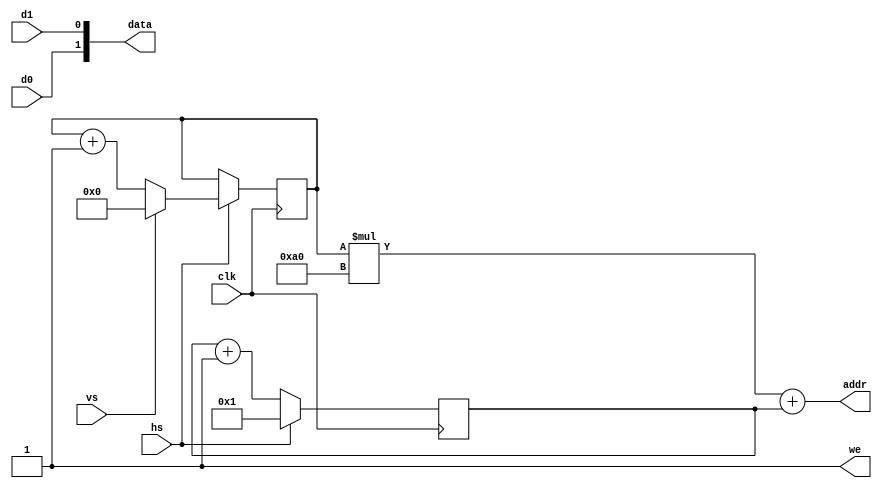
module GBreader(
    input  clk, //4MHz
    
    input hs, vs, d0, d1,
	 
	 output [14:0] addr,
	 output [1:0] data,
	 output we
);

/*
NOTES:
- The first line is sent while vsync is high
- There is only one clk pulse during the entire hsync pulse
- Data is set on posedge clk, so should be read (and write to framebuffer) on negedge clk
- A single frame is 160x144@2bit (46.080 bits)
*/

reg [7:0] hcount, pcount;

assign data = {d0, d1};
assign addr = (hcount*160) + pcount;
assign we = 1'b1;

always @(negedge clk)
begin
	
	if (hs)
	begin
		pcount <= 8'd1;
		if (vs)
		begin
			hcount <= 8'd0;
		end
		else
		begin
			hcount <= hcount + 1'b1;
		end
	end
	else
	begin
		pcount <= pcount + 1'b1;
	end
end


initial
begin
	hcount <= 8'd0;
	pcount <= 8'd0;
end






endmodule